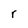
Character: r